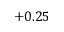
+ 0 . 2 5